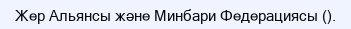
Жер Альянсы және Минбари Федерациясы ().